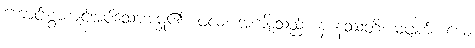
ကောင်းစွာကျင့်အပ်သောအမှု၏။ ဖလံ၊ အကျိုးသည်။ န နဿတိ၊ မပျက်။ ယေ